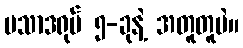
ပသာဒရုပ် ၅-ခုနဲ့ အတူတူပဲ။